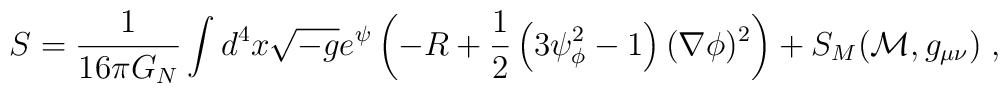
S = \frac{1}{16 \pi G_N} \int d^4 x \sqrt{- g} e^{\psi} \left( - R + \frac{1}{2} \left(3 \psi_{\phi}^2 - 1 \right)  (\nabla \phi)^2 \right) + S_M ({\cal M}, g_{\mu \nu})  \; ,